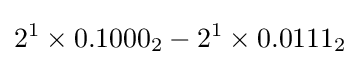
2^{1}\times 0.1000_{2}-2^{1}\times 0.0111_{2}